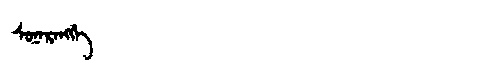
Manchu: ᠰᠣᠨᠠᡵᠠᠩᡤᡝ
Romanization: SONARANGGE